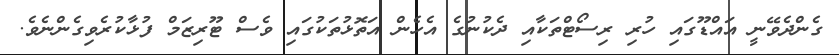
ގެންދެވޭނީ އައްޑޫގައި ހުރި ރިސޯޓްތަކާއި ދެކުނުގެ އެހެން އަތޮޅުތަކުގައި ވެސް ޓޫރިޒަމް ފުޅާކުރެވިގެންނެވެ.